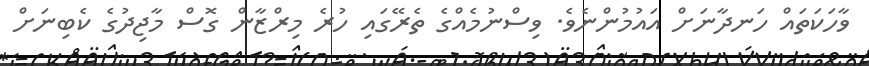
ވާހަކަތައް ހަނދާނަށް އައުމުންނެވެ. ވިސްނުމެއްގެ ތެރޭގައި ހުރެ މިރްޒާން ގޮސް މާޖިދުގެ ކެބިނަށް